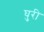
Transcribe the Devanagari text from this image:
घुरी